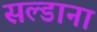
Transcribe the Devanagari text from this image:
सल्डाना